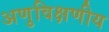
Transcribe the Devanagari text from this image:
अणुविक्षणीय